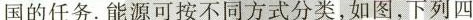
国的任务.能源可按不同方式分类，如图，下列四